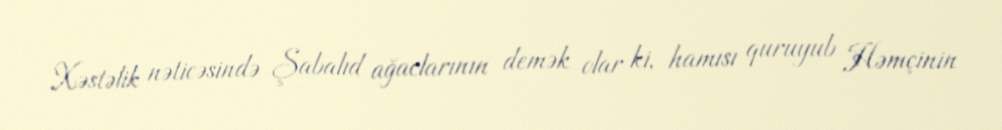
Xəstəlik nəticəsində Şabalıd ağaclarının demək olar ki, hamısı quruyub Həmçinin